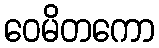
ဝေမိတကော